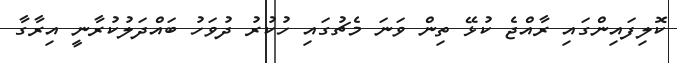
ކޮލިފައިންގައި ރާއްޖެ ކުޅޭ ތިން ވަނަ މެޗުގައި ހުކުރު ދުވަހު ބައްދަލުކުރާނީ އިރާގާ